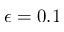
\epsilon = 0 . 1